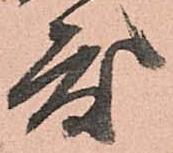
度